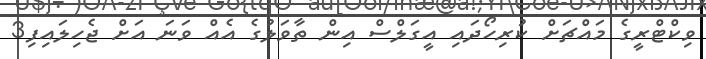
ވިކްޓްރީގެ މައްޗަށް ކުރިހޯދައި އީގަލްސް އިން ތާވަލުގެ އެއް ވަނަ އަށް ޖެހިލައިފި3